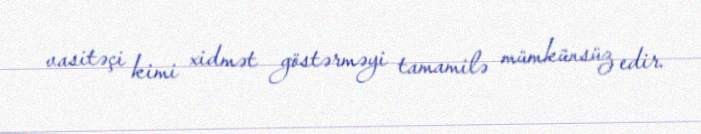
vasitəçi kimi xidmət göstərməyi tamamilə mümkünsüz edir.